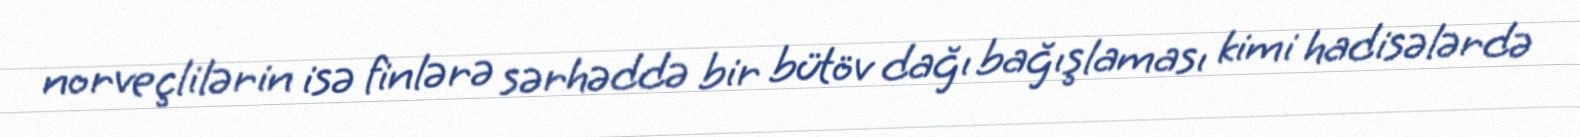
norveçlilərin isə finlərə sərhəddə bir bütöv dağı bağışlaması kimi hadisələrdə